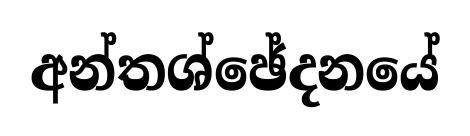
අන්තශ්ඡේදනයේ